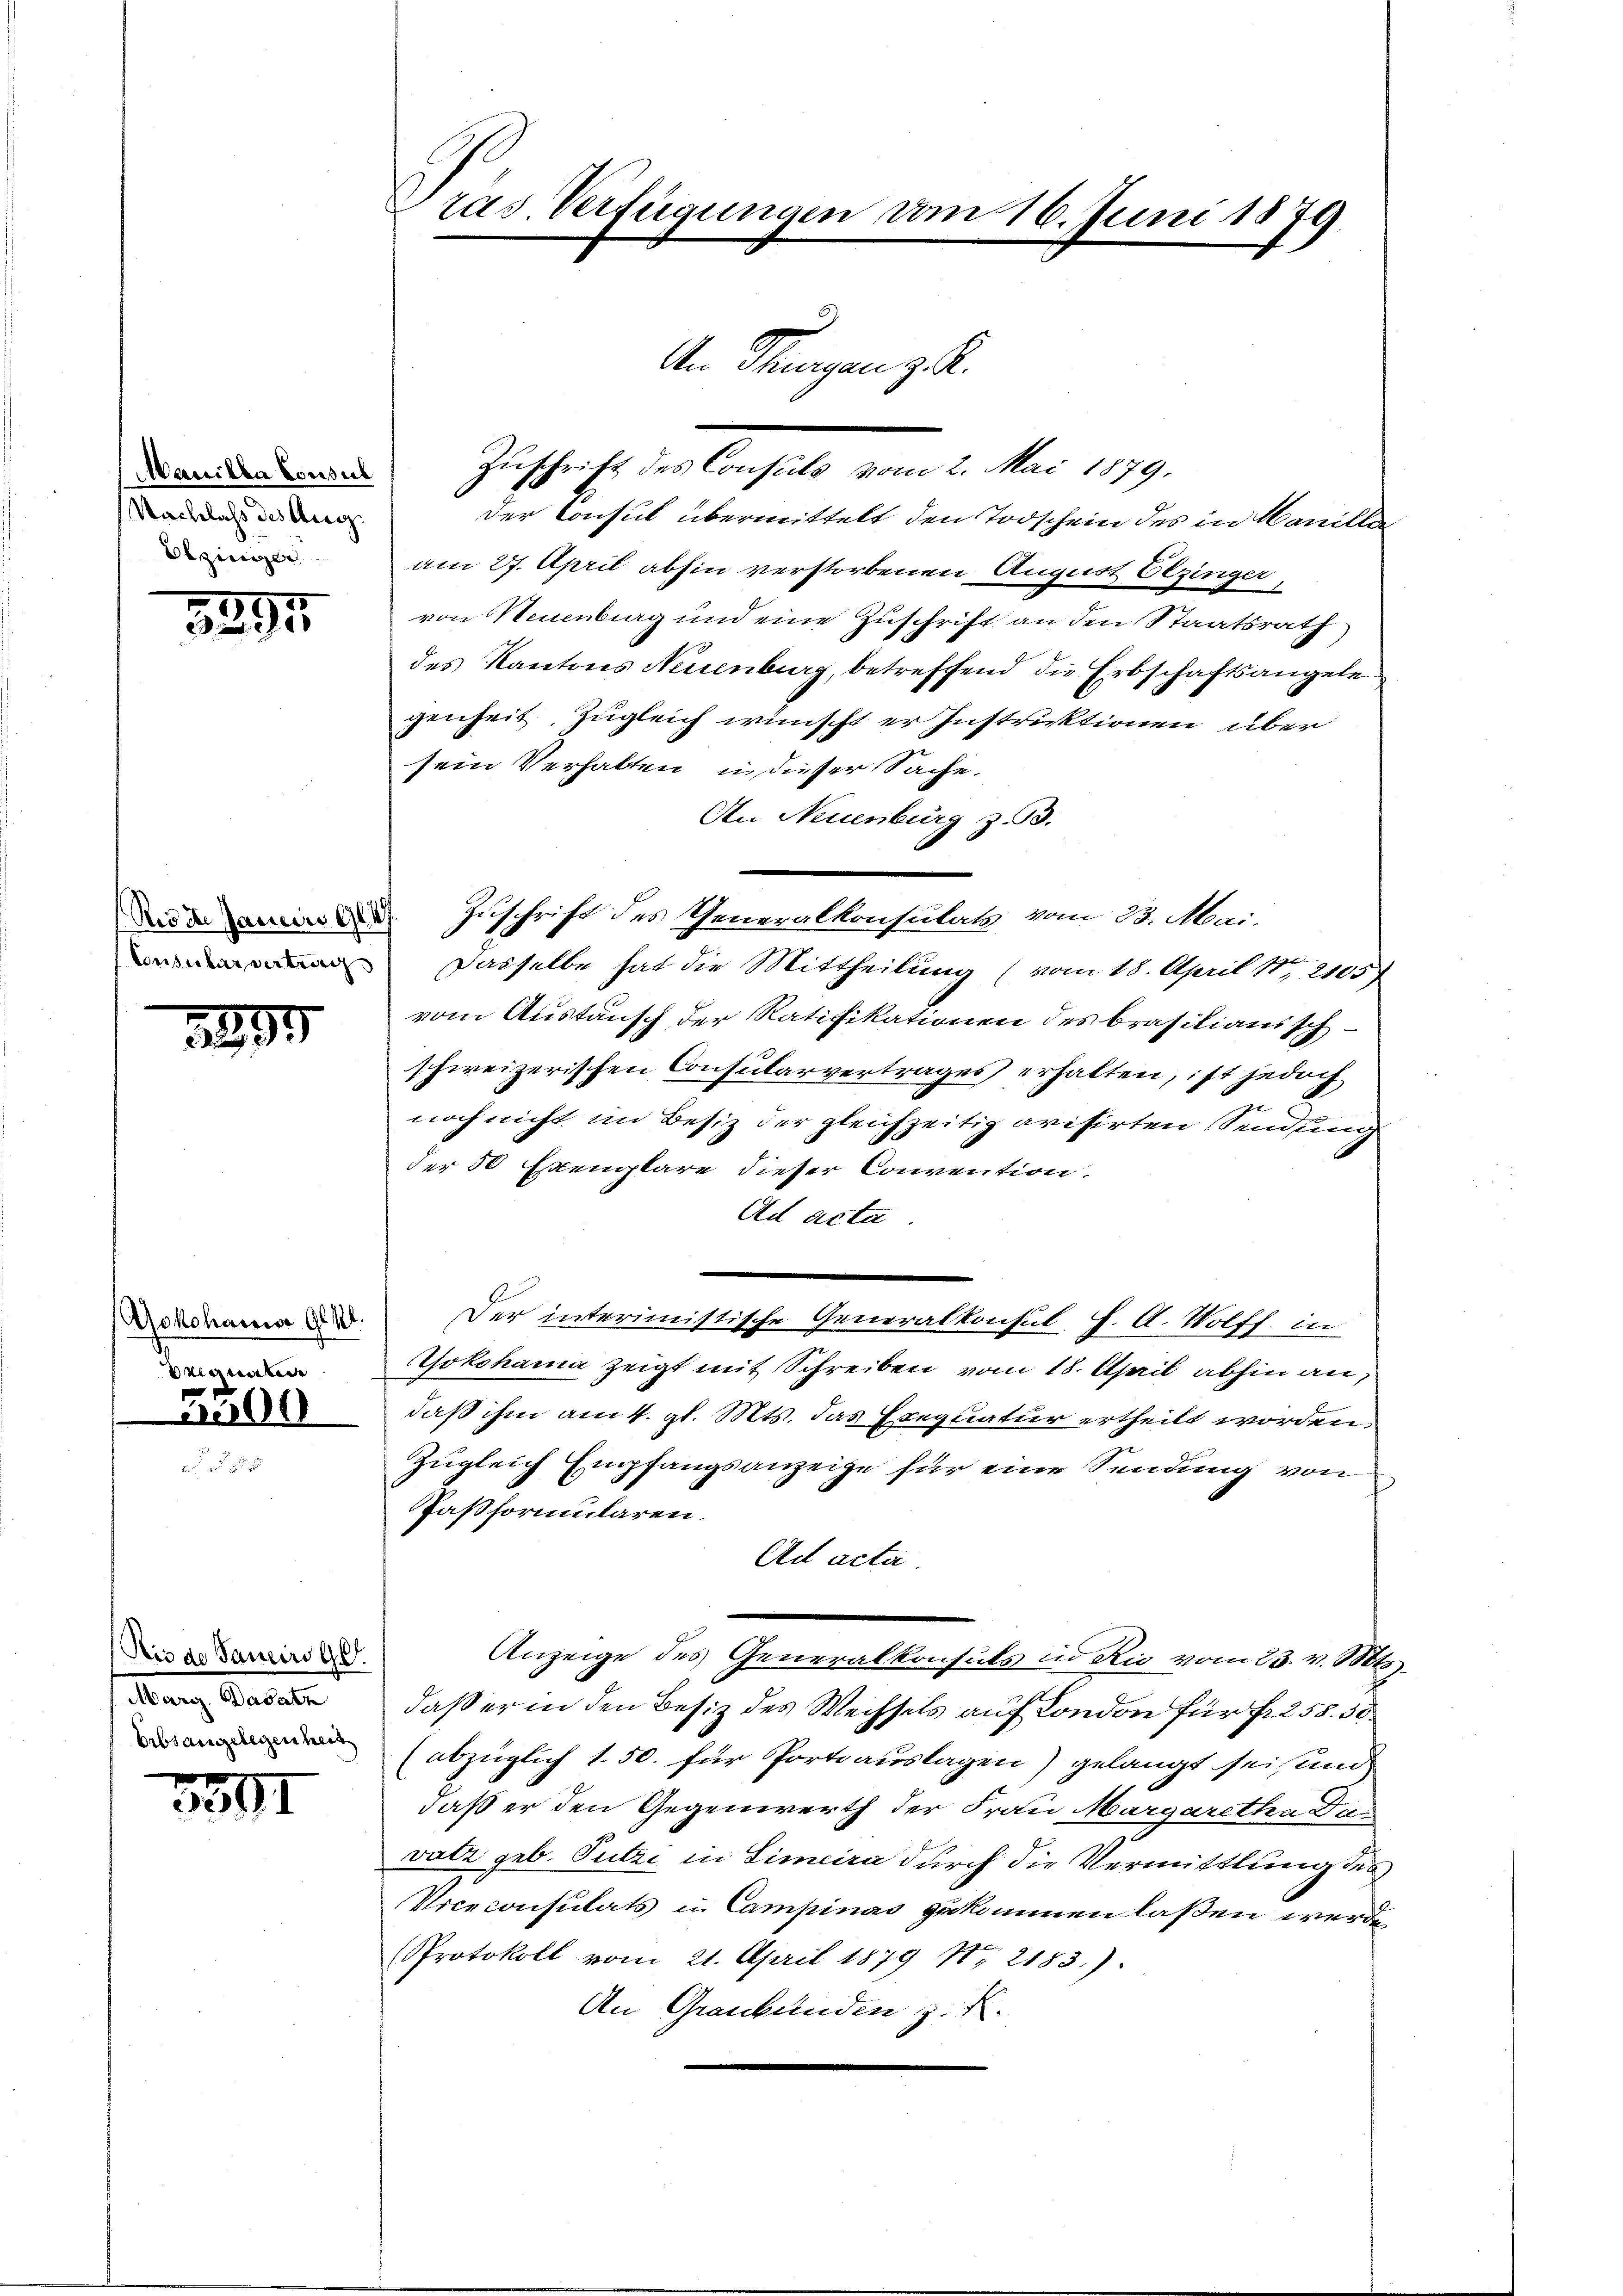
Mauilla Consul
Nachlass des Ausg.
Olzinger

3994

s

3895

gunter
2200

Rie de Sancirs Gd.
Marg, Basatz
Erbsangelegenheit

391

Zuschrift des Consuls vom 2. Mai 1879,
der Consul übermittelt den Todschein des in Manille
am 27. April abhin verstorbenen August Elzinger,
von Neuenburg und eine Zuschrift an den Staatsrath
des Kantons Neuenburg, betreffend die Erbschaftsangele
genheit zugleich wünscht er Instruktionen über
sein Verhalten in dieser Sache.
An Neuenburg z. 93.
d Zuschrift des Generalkonsulats vom 23. Mai.
 Dasselbe hat die Mittheilung (vom 18. April 18, 2105)
vom Austausch der Ratifikationen des Brasilianischschweizerischen Consularvertrages erhalten, ist jedoch
noch nicht im Besiz der gleichzeitig avisirten Sendung
der 50 Exemplare dieser Convention.
Ad acta
worden. Der interimistische Generaltonsal, s. A. Wolff in
Yokohama zeigt mit Schreiben vom 18. April abhin an,
daß ihm am 4. gl. Mts. das Exequatur ertheilt worden,
Zugleich Empfangsanzeige für eine Sendung von
Paßformularen.
Ad acta.
Anzeige des Generalkonsuls in Ri vom 23. v. Mts.
daß er in den Besiz des Wechsels auf London für fr. 258. 50
(abzüglich 150. für Portiauslagen) gelangt sei und
daß er den Gegenwerth der Frau Margaretha Das
vatz geb. Sutzi in Simeira durch die Vermittlung des
Noceconsulats in Campinas gekommen laßen werde.
Protokoll vom 21. April 1879 No 2183.).
An Graubünden z. B.

ras Verfügungen vom 16. Juni 1879

An Stungen zu.